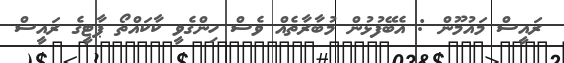
ރައީސް މައުމޫން : އެބޭފުޅުން މުބާރާތެއް ވެސް ހިންގެވީ ކާކައްތޯ ޕާޓީގެ ރައީސް